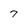
Character: 7